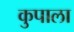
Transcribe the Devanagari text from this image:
कुपाला